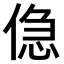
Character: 𠋎